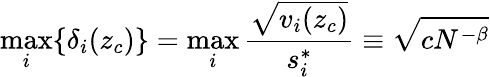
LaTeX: \operatorname*{max}_{i}\{ \delta_{i}(z_{c})\} =\operatorname*{max}_{i}\frac{\sqrt{v_{i}(z_{c})}}{s_{i}^{*}}\equiv\sqrt{cN^{-\beta}}